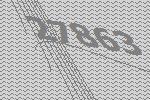
27863